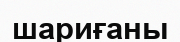
шариғаны